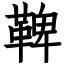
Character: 鞞